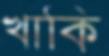
খাকি